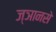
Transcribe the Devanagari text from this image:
ज्ञानसे